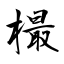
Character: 樶